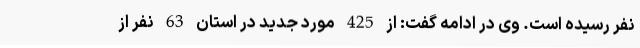
نفر رسیده است. وی در ادامه گفت: از 425 مورد جدید در استان 63 نفر از